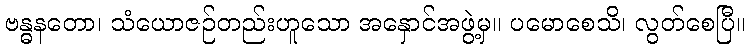
ဗန္ဓနတော၊ သံယောဇဉ်တည်းဟူသော အနှောင်အဖွဲ့မှ။ ပမောစေသိ၊ လွတ်စေပြီ။